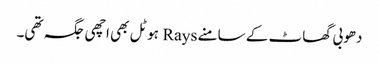
دھوبی گھاٹ کے سامنے Rays ہوٹل بھی اچھی جگہ تھی۔